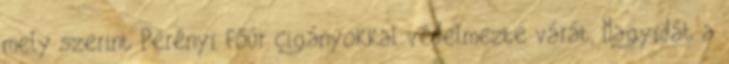
mely szerint Perényi főúr cigányokkal védelmezte várát, Nagyidát a